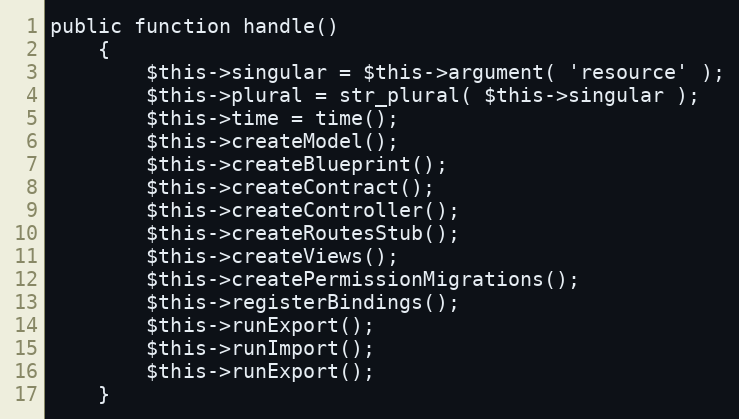
Language: PHP
public function handle()
    {
        $this->singular = $this->argument( 'resource' );
        $this->plural = str_plural( $this->singular );
        $this->time = time();
        $this->createModel();
        $this->createBlueprint();
        $this->createContract();
        $this->createController();
        $this->createRoutesStub();
        $this->createViews();
        $this->createPermissionMigrations();
        $this->registerBindings();
        $this->runExport();
        $this->runImport();
        $this->runExport();
    }